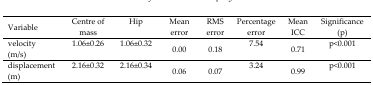
<table><thead><tr><td><b>Variable</b></td><td><b>Centre of mass</b></td><td><b>Hip</b></td><td><b>Mean error</b></td><td><b>RMS error</b></td><td><b>Percentage error</b></td><td><b>Mean ICC</b></td><td><b>Significance (p)</b></td></tr></thead><tbody><tr><td>velocity (m/s)</td><td>1.06±0.26</td><td>1.06±0.32</td><td>0.00</td><td>0.18</td><td>7.54</td><td>0.71</td><td>p&lt;0.001</td></tr><tr><td>displacement (m)</td><td>2.16±0.32</td><td>2.16±0.34</td><td>0.06</td><td>0.07</td><td>3.24</td><td>0.99</td><td>p&lt;0.001</td></tr></tbody></table>